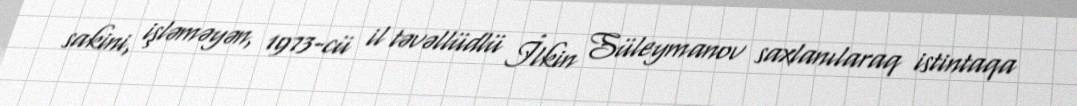
sakini, işləməyən, 1973-cü il təvəllüdlü İlkin Süleymanov saxlanılaraq istintaqa